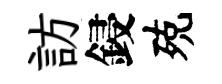
訪鋟殑